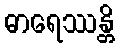
ဓာရေဿန္တိ